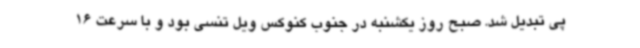
پی تبدیل شد. صبح روز یکشنبه در جنوب کنوکس ویل تنسی بود و با سرعت 16